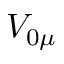
V _ { 0 \mu }